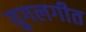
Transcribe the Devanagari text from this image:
युगलगीत